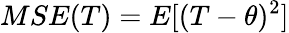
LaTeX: MSE(T)=E[(T-\theta)^{2}]